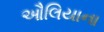
ઔલિયાના